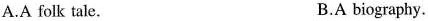
A.A folk tale. B.A biography.